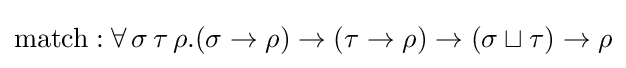
\mathrm {match} :\forall \,\sigma \,\tau \,\rho .(\sigma \to \rho )\to (\tau \to \rho )\to (\sigma \sqcup \tau )\to \rho